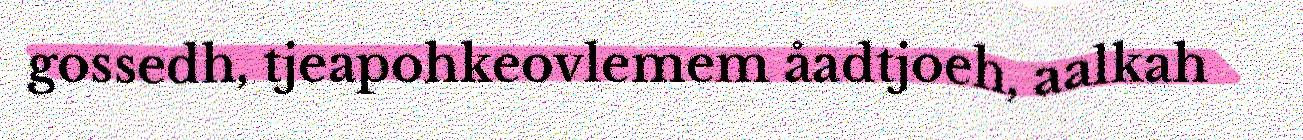
gossedh, tjeapohkeovlemem åadtjoeh, aalkah